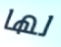
لها